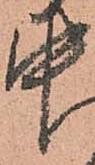
中